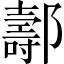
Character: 𨞪